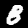
Digit: 8